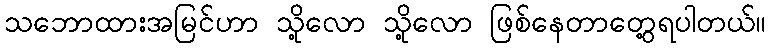
သဘောထားအမြင်ဟာ သို့လော သို့လော ဖြစ်နေတာတွေ့ရပါတယ်။